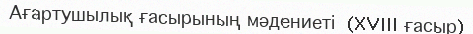
Ағартушылық ғасырының мәдениеті  (XVIII ғасыр)